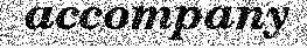
accompany